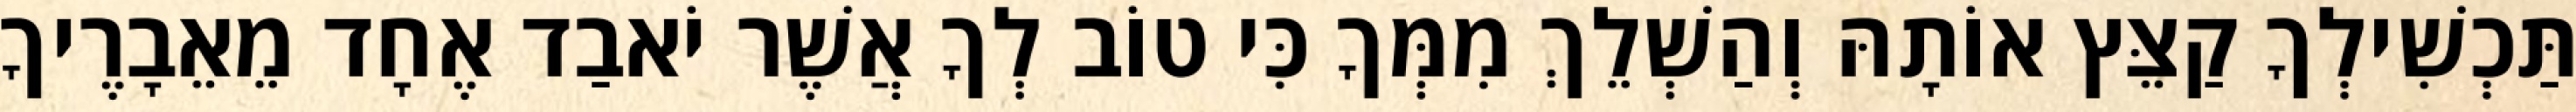
תַּכְשִׁילְךָ קַצֵּץ אוֹתָהּ וְהַשְׁלֵךְ מִמְּךָ כִּי טוֹב לְךָ אֲשֶׁר יֹאבַד אֶחָד מֵאֵבָרֶיךָ